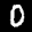
Label: 0